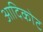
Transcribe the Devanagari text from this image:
आदिकोट